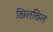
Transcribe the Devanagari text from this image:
खिलखिल